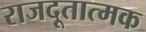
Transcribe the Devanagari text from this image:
राजदूतात्मक